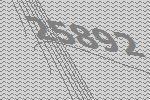
25892